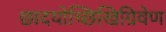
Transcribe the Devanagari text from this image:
छादयोच्छिखिग्रिवेण